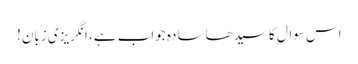
اس سوال کا سیدھا سادہ جواب ہے، انگریزی زبان!